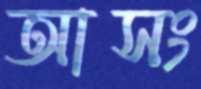
আসং